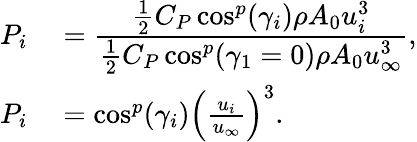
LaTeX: \begin{array}{rl}{P_{i}}&{{}=\cfrac{\frac{1}{2}C_{P}\cos^{p}(\gamma_{i})\rho A_{0}u_{i}^{3}}{\frac{1}{2}C_{P}\cos^{p}(\gamma_{1}=0)\rho A_{0}u_{\infty}^{3}},}\\ {P_{i}}&{{}=\cos^{p}(\gamma_{i})\Big(\frac{u_{i}}{u_{\infty}}\Big)^{3}.}\end{array}